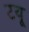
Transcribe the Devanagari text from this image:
टयू